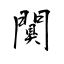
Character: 闃